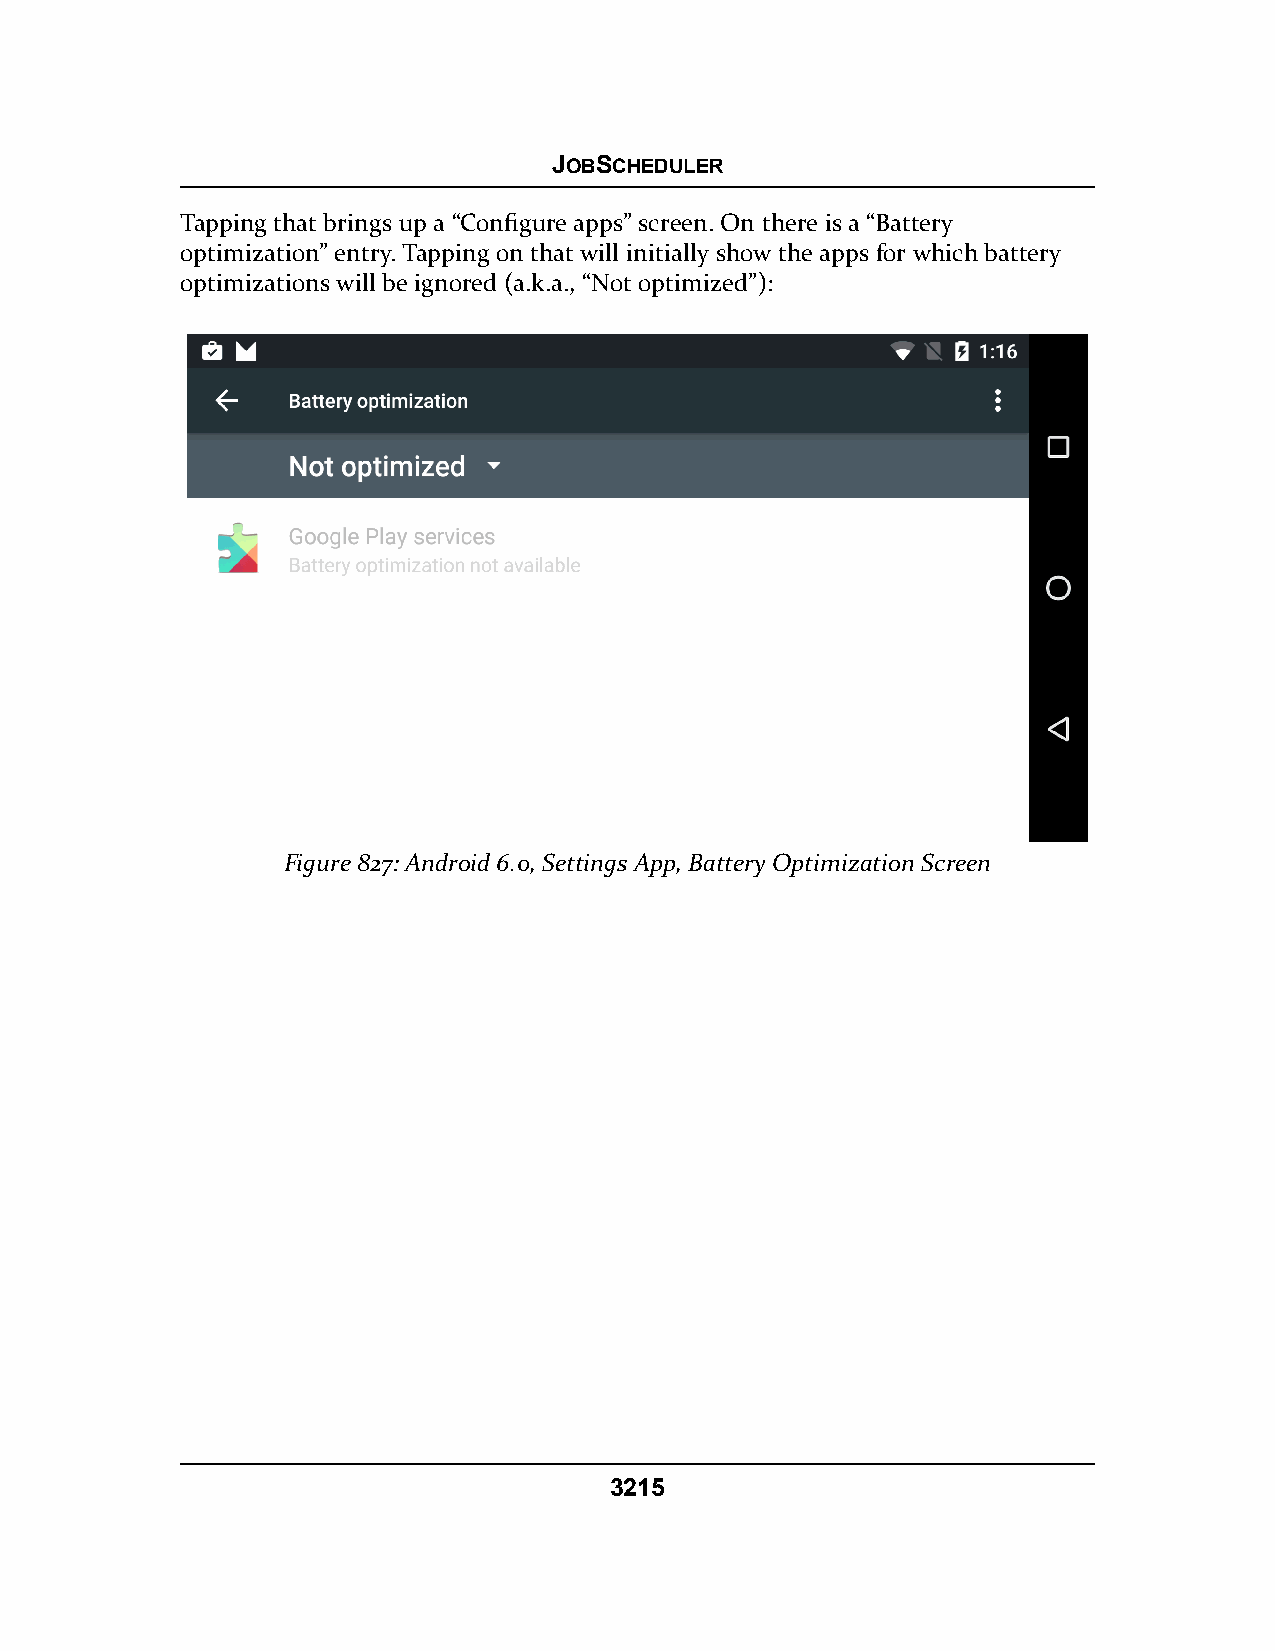
JOBSCHEDULER
 Tapping that brings up a “Configure apps” screen. On there is a “Battery
 optimization” entry. Tapping on that will initially show the apps for which battery
 optimizations will be ignored (a.k.a., “Not optimized”):
 Figure 827: Android 6.0, Settings App, Battery Optimization Screen
 3215